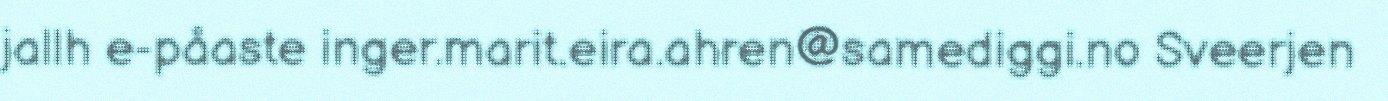
jallh e-påaste inger.marit.eira.ahren@samediggi.no Sveerjen